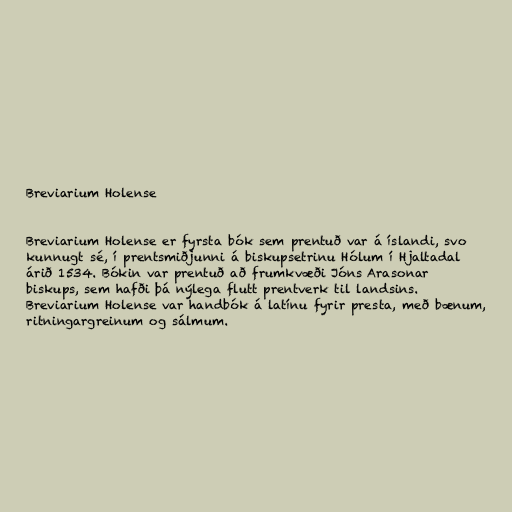
Breviarium Holense

Breviarium Holense er fyrsta bók sem prentuð var á íslandi, svo
kunnugt sé, í prentsmiðjunni á biskupsetrinu Hólum í Hjaltadal
árið 1534. Bókin var prentuð að frumkvæði Jóns Arasonar
biskups, sem hafði þá nýlega flutt prentverk til landsins.
Breviarium Holense var handbók á latínu fyrir presta, með bænum,
ritningargreinum og sálmum.